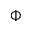
\Phi